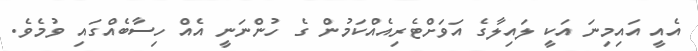
އެއީ އައިމިނަ އަކީ ލައިލާގެ އަވަށްޓެރިއެއްކަމުން ގެ ހުންނަނީ އެއް ހިސާބެއްގައި ވުމެވެ.